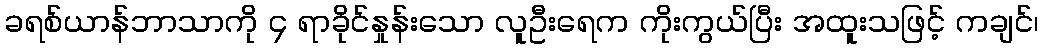
ခရစ်ယာန်ဘာသာကို ၄ ရာခိုင်နှုန်းသော လူဦးရေက ကိုးကွယ်ပြီး အထူးသဖြင့် ကချင်၊